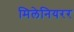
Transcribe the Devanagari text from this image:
मिलेनियरर